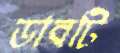
ডাবটি